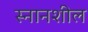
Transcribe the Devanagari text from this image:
स्नानशील